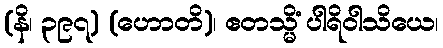
(နိ၊ ၃၉၇) (ဟောတိ)၊ ဧတသ္မိံ ပါရိဝါသိယေ၊